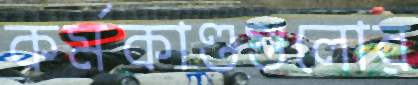
কর্মকাণ্ডগুলোর